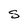
Character: s